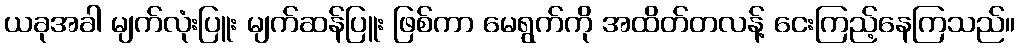
ယခုအခါ မျက်လုံးပြူး မျက်ဆန်ပြူး ဖြစ်ကာ မေရွက်ကို အထိတ်တလန့် ငေးကြည့်နေကြသည်။